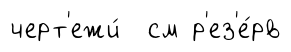
черт'ежи́ см р'ез'е́рв